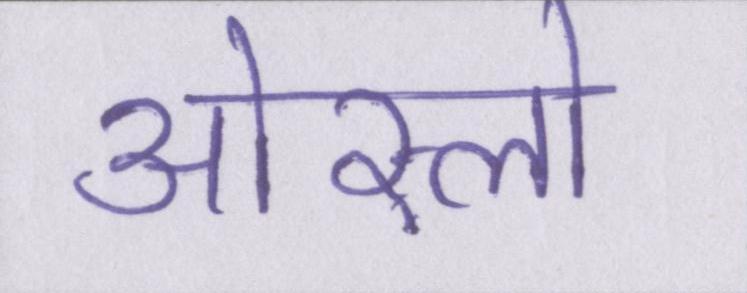
ओस्लो